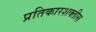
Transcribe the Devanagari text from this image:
प्रतिकारशक्तीस